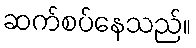
ဆက်စပ်နေသည်။